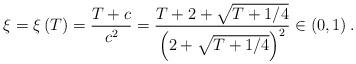
LaTeX: \begin{align*}\xi =\xi \left( T\right) =\frac{T+c}{c^{2}}=\frac{T+2+\sqrt{T+1/4}}{\left( 2+\sqrt{T+1/4}\right) ^{2}}\in \left( 0,1\right) . \end{align*}